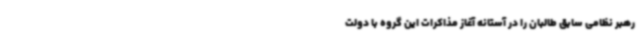
رهبر نظامی سابق طالبان را در آستانه آغاز مذاکرات این گروه با دولت